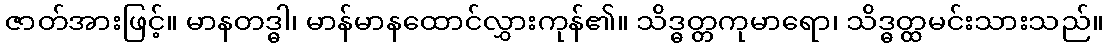
ဇာတ်အားဖြင့်။ မာနတဒ္ဓါ၊ မာန်မာနထောင်လွှားကုန်၏။ သိဒ္ဓတ္တကုမာရော၊ သိဒ္ဓတ္ထမင်းသားသည်။